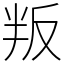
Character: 叛